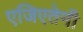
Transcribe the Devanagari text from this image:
एजिएतेमी